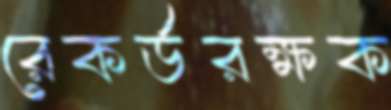
রেকর্ডরক্ষক